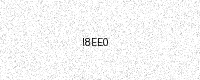
Text: I8EE0